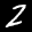
Label: 2